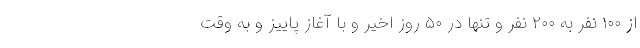
از ۱۰۰ نفر به ۲۰۰ نفر و تنها در ۵۰ روز اخیر و با آغاز پاییز و به وقت